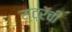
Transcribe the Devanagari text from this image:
स्ट्रॅची